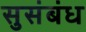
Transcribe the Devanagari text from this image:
सुसंबंध